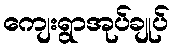
ကျေးရွာအုပ်ချုပ်